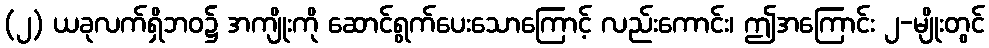
(၂) ယခုလက်ရှိဘဝ၌ အကျိုးကို ဆောင်ရွက်ပေးသောကြောင့် လည်းကောင်း၊ ဤအကြောင်း ၂-မျိုးတွင်